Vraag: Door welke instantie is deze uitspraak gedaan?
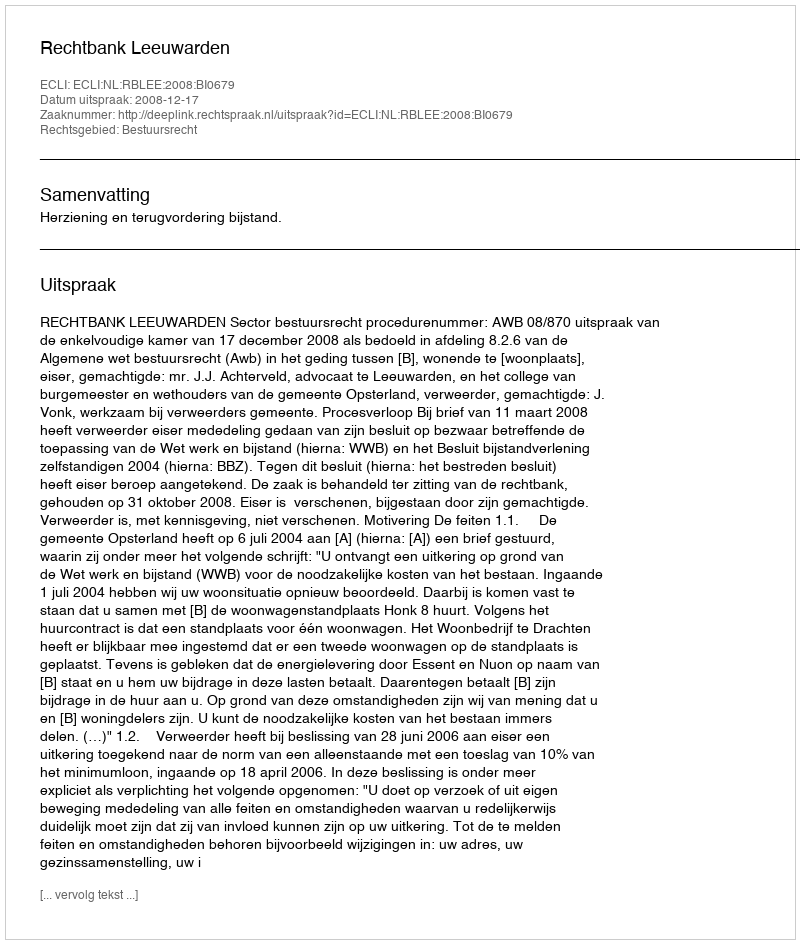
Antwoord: Rechtbank Leeuwarden